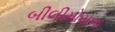
બીલીમોરાના